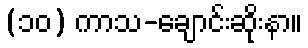
(၁၀) ကာသ-ချောင်းဆိုးနာ။